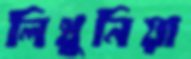
লিথুনিয়া